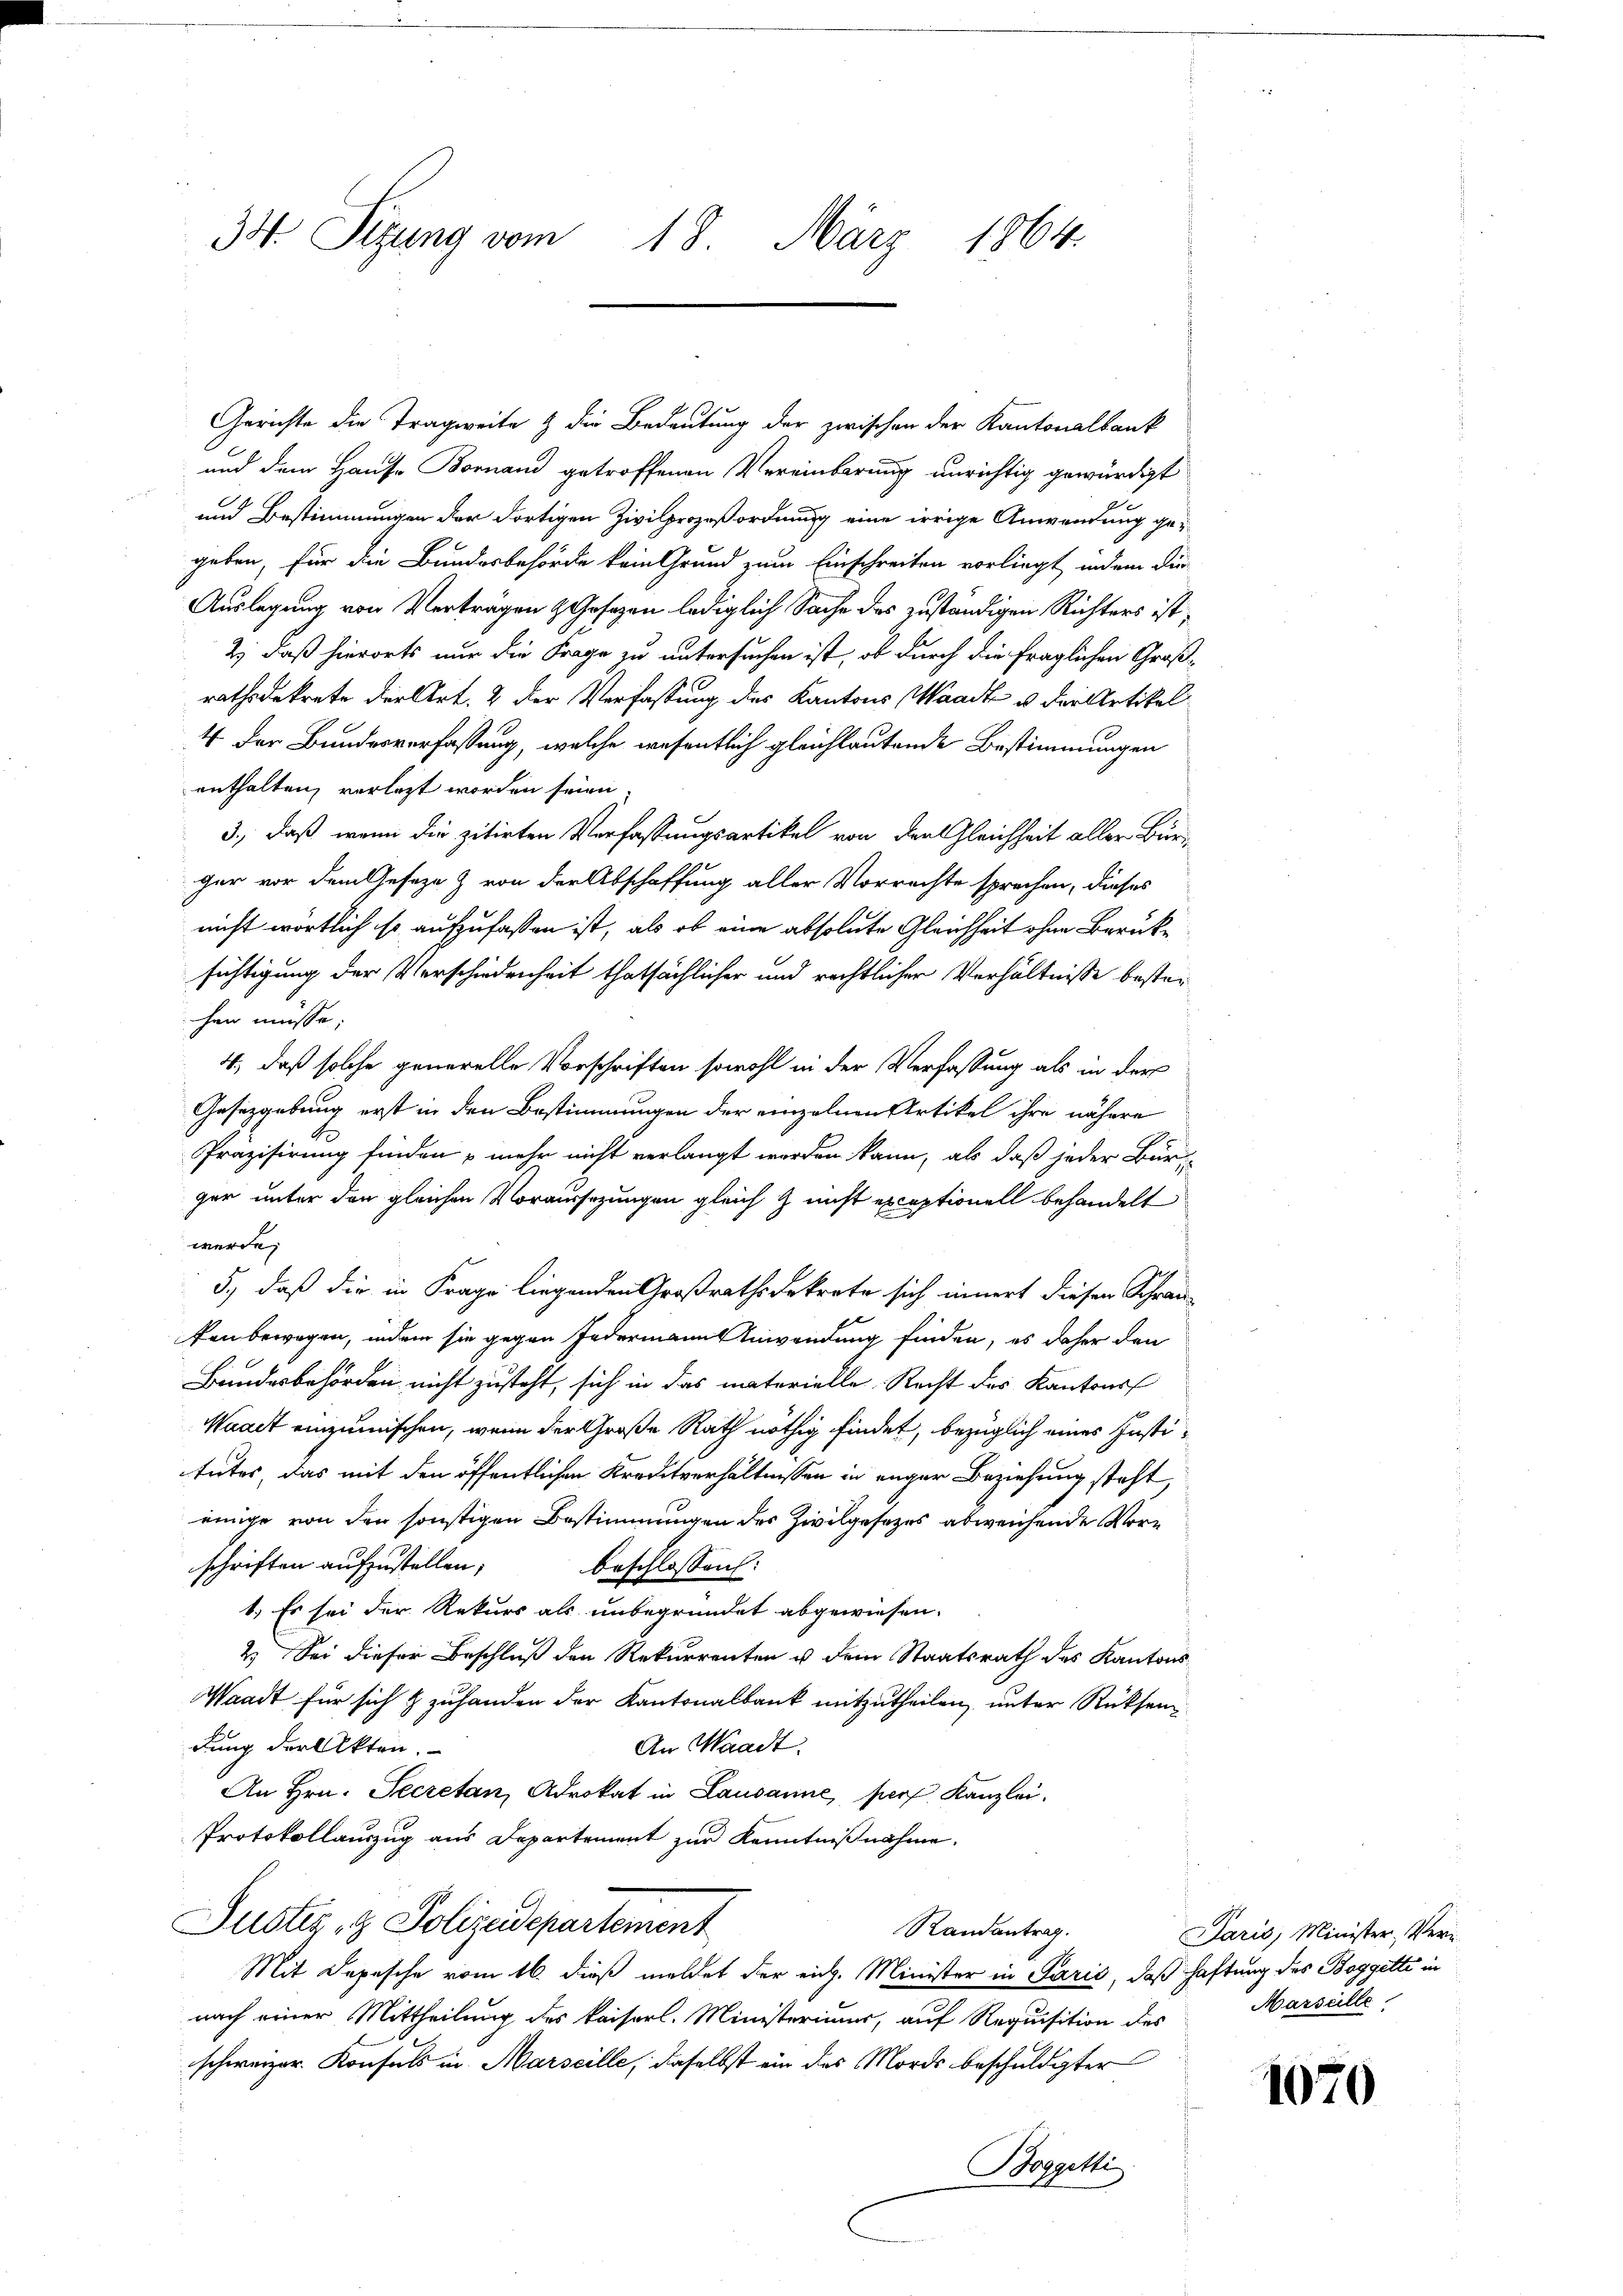
34. Sitzung vom 18. März 1864.

Gerichte die Tragweite & die Bedeutung der zwischen der Kantonalbank
und dem Hause Bornand getroffenen Vereinbarung unrichtig gewürdigt
und Bestimmungen der dortigen Zivilprozeßordnung eine irrige Anwendung gegeben, für die Bundesbehörde kein Grund zum Einschreiten vorliegt, indem Dür
Auslegung von Verträgen & Gesezen lediglich Sache des zuständigen Richters ist,
2) daß hierorts nur die Frage zu untersuchen ist, ob durch die fraglichen Großrathsdekrete der Art. 2 der Verfassung des Kantons Waadt u. der Artikel
4 der Bundesverfassung, welche wesentlich gleichlautende Bestimmungen
enthalten, vorlezt worden seien
3., daß wenn die zitirten Verfassungsartikel von der Gleichheit aller Bürger vor dem Geseze & von der Abschaffung aller Vorrechte sprechen, dieses
nicht wörtlich so aufzufassen ist, als ob eine absolute Gleichheit ohne Berücke
sichtigung der Verschiedenheit thatsächlicher und rechtlicher Verhältnisse besterichen müsse;
4., daß solche generelle Vorschriften sowohl in der Verfassung als in der
Gesetzgebung erst in den Bestimmungen der einzelnen Artikel ihre nähere
Präzisirung finden mehr nicht verlangt worden kann, als daß jeder Bür-
ger unter den gleichen Voraussezungen gleich & nicht exceptionell behandelt
werde.
5., daß die in Frage liegenden Großrathsdekrete sich innert diesen Schranfen bewegen, indem sie gegen Federmann Anwendung finden, es daher den
Bundesbehörden nicht zusteht, sich in das materielle Recht des Kantons
Waadt einzumischen, wenn der Große Rath nöthig findet, bezüglich eines Institutes, das mit den öffentlichen Kreditverhältnissen in enger Beziehung steht,
einige von der sonstigen Bestimmungen der Zivilgesezes abweichende Vorschriften aufzustellen;
beschlossen:
1.) Es sei der Rekurs als unbegründet abgewiesen.
2) Sei dieser Beschluß den Rekurrenten u dem Staatsrath des Kantons
Waadt für sich & zuhanden der Kantonalbank mitzutheilen, unter Rücksen
dung der Akten.
An Waadt.
An Hrn. Secretan, Advokat in Lausanne, pers Kanzlei.
Protokollauszug aus Departement zur Kenntnißnahme.
Justiz- & Polizeidepartement
Randantrag.
Mit Depesche vom 16. dieß meldet der eich. Minister in Parić, daß Haftung des Boggetti in
nach einer Mittheilung des kaiserl. Ministeriums, auf Requisition des
schweizer Konsuls in Marseille, daselbst ein des Mordes beschuldigter
Boggetti

Paris, Minister, Ver¬
Marseille

1070